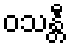
ဝသန္တီ